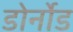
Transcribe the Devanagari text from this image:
डोर्नोड